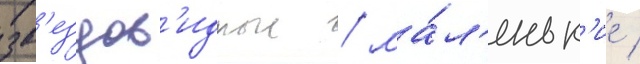
зв'ездов'идные / ма́л'еньк'ие /